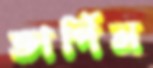
তার্পিন